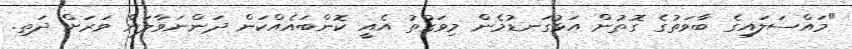
"މައްސަލައިގެ ބާވަތުގެ ގޮތުން އަޅުގަނޑުމެން މިވަގުތު އެއީ ކޮންބައެއްކަން ދަންނަވާލަން ވަރަށް ދަތި.